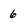
Character: 6